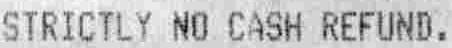
STRICTLY NO CASH REFUND.